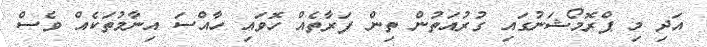
އަދި މި ޕްރޮމޯޝަނުގައި ގުރުއަތުން ތިން ފަރާތެއް ހޮވައި ހާއްސަ އިނާމުތަކެއް ވެސް